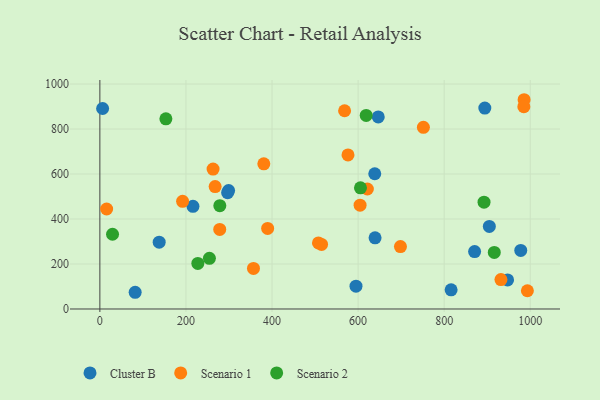
{"axis": {"x": "Distance", "y": "Sales"}, "legend": ["Cluster B", "Scenario 1", "Scenario 2"], "data": [{"x": "595.1", "y": 101.3, "type": "Cluster B"}, {"x": "639.4", "y": 316.4, "type": "Cluster B"}, {"x": "137.8", "y": 297.0, "type": "Cluster B"}, {"x": "947.3", "y": 129.4, "type": "Cluster B"}, {"x": "299.1", "y": 526.2, "type": "Cluster B"}, {"x": "816.1", "y": 85.1, "type": "Cluster B"}, {"x": "216.3", "y": 456.3, "type": "Cluster B"}, {"x": "894.4", "y": 892.9, "type": "Cluster B"}, {"x": "296.8", "y": 517.0, "type": "Cluster B"}, {"x": "646.8", "y": 853.6, "type": "Cluster B"}, {"x": "904.9", "y": 367.0, "type": "Cluster B"}, {"x": "870.7", "y": 255.3, "type": "Cluster B"}, {"x": "638.7", "y": 601.2, "type": "Cluster B"}, {"x": "977.9", "y": 260.2, "type": "Cluster B"}, {"x": "82.0", "y": 74.3, "type": "Cluster B"}, {"x": "6.4", "y": 891.1, "type": "Cluster B"}, {"x": "985.7", "y": 930.2, "type": "Scenario 1"}, {"x": "931.9", "y": 130.7, "type": "Scenario 1"}, {"x": "278.5", "y": 353.7, "type": "Scenario 1"}, {"x": "389.8", "y": 358.0, "type": "Scenario 1"}, {"x": "380.9", "y": 645.4, "type": "Scenario 1"}, {"x": "356.9", "y": 180.4, "type": "Scenario 1"}, {"x": "698.4", "y": 277.5, "type": "Scenario 1"}, {"x": "993.3", "y": 81.0, "type": "Scenario 1"}, {"x": "604.6", "y": 461.5, "type": "Scenario 1"}, {"x": "576.5", "y": 685.0, "type": "Scenario 1"}, {"x": "751.7", "y": 807.6, "type": "Scenario 1"}, {"x": "267.8", "y": 544.1, "type": "Scenario 1"}, {"x": "263.0", "y": 621.8, "type": "Scenario 1"}, {"x": "621.5", "y": 533.3, "type": "Scenario 1"}, {"x": "985.1", "y": 899.2, "type": "Scenario 1"}, {"x": "568.6", "y": 881.3, "type": "Scenario 1"}, {"x": "515.1", "y": 286.9, "type": "Scenario 1"}, {"x": "507.9", "y": 293.6, "type": "Scenario 1"}, {"x": "15.7", "y": 444.4, "type": "Scenario 1"}, {"x": "192.2", "y": 478.4, "type": "Scenario 1"}, {"x": "153.4", "y": 845.4, "type": "Scenario 2"}, {"x": "892.6", "y": 474.6, "type": "Scenario 2"}, {"x": "916.4", "y": 251.3, "type": "Scenario 2"}, {"x": "254.5", "y": 225.3, "type": "Scenario 2"}, {"x": "618.8", "y": 860.4, "type": "Scenario 2"}, {"x": "227.6", "y": 202.6, "type": "Scenario 2"}, {"x": "278.7", "y": 459.1, "type": "Scenario 2"}, {"x": "29.4", "y": 332.2, "type": "Scenario 2"}, {"x": "605.5", "y": 538.8, "type": "Scenario 2"}]}